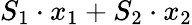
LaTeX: S_{1}\cdot x_{1}+S_{2}\cdot x_{2}